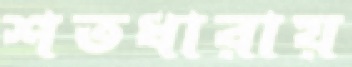
শতধারায়